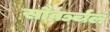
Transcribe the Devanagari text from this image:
सौवर्ञ्चलं